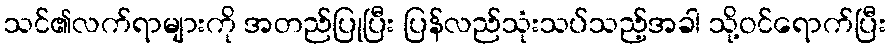
သင်၏လက်ရာများကို အတည်ပြုပြီး ပြန်လည်သုံးသပ်သည့်အခါ သို့ဝင်ရောက်ပြီး